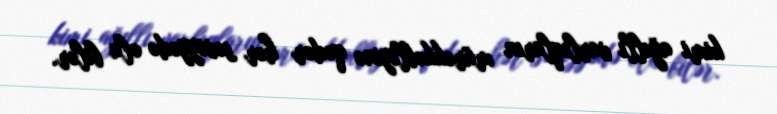
kimi ağıllı varlıqların mürəkkəbliyinə qədər hər səviyyədə ola bilər.